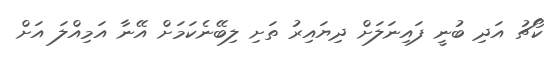
ކޯޗު އަދި ބުނީ ފައިނަލަށް ދިޔައިރު ތަށި ލިބޭނެކަމަށް އޭނާ އަމިއްލަ އަށް